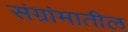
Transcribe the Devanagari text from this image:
संग्रांमातील